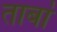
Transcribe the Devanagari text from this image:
ताबां